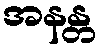
အနန္တ